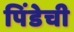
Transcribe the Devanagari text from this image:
पिंडेची